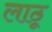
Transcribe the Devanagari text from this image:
लाठू